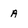
Character: a